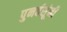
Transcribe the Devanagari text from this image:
पुनर्वसूंनी